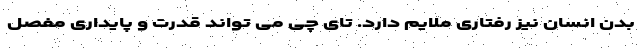
بدن انسان نیز رفتاری ملایم دارد. تای چی می تواند قدرت و پایداری مفصل